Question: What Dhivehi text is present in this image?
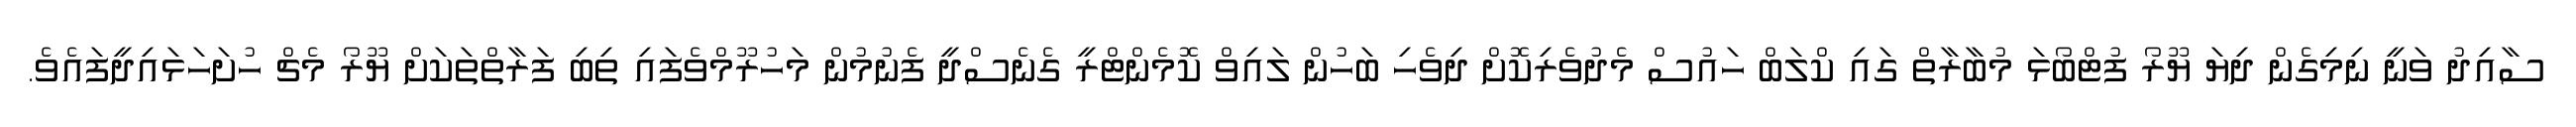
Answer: ސާއިދު ވަނީ ނިމިގެން ދިޔަ ޔޫރޯ ފުޓްބޯޅަ މުބާރާތް ގައި ކްލަބް ހައުސް މެދުވެރިކޮށް ދިވެހި ބަހުން ލައިވް ކޮމެންޓްރީ ގެނެސްދީ ފެނުމުން މަހުރޫމްވެފައި ތިބި ފަރާތްތަކަށް ޔޫރޯ މެޗް ހުށަހަޅައިދީފައެވެ.